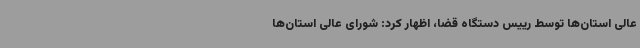
عالی استان‌ها توسط رییس دستگاه قضا، اظهار کرد: شورای عالی استان‌ها